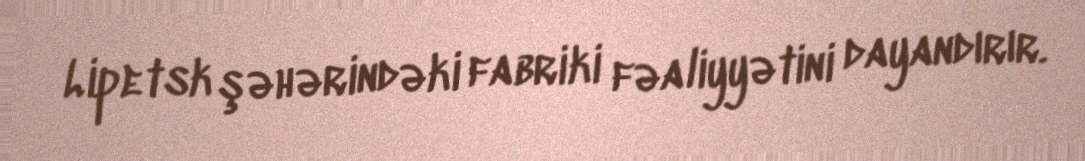
Lipetsk şəhərindəki fabriki fəaliyyətini dayandırır.